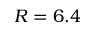
R = 6 . 4